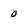
Character: 0